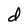
Character: d